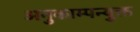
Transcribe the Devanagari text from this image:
अनुकाम्पन्युक्त